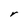
Character: r